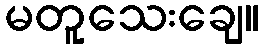
မတူသေးချေ။